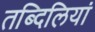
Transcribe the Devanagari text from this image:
तब्दिलियां